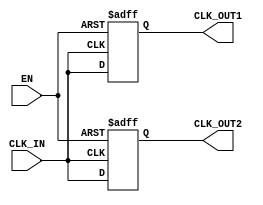
module ClockBuffer (
    input wire CLK_IN,        // Input clock signal
    input wire EN,           // Enable signal
    output reg CLK_OUT1,     // Buffered clock output 1
    output reg CLK_OUT2      // Buffered clock output 2
);

  // Parameters for timing control (user can set these as needed)
  parameter DELAY = 1; // Propagation delay in simulation units

  // Internal signal to hold the buffered clock value
  reg internal_clk;

  // Always block to handle the clock buffer logic
  always @(posedge CLK_IN or negedge EN) begin
    if (!EN) begin
      // Hold the output low when enable is low
      CLK_OUT1 <= 1'b0;
      CLK_OUT2 <= 1'b0;
    end else begin
      // Propagate the clock signal with minimal delay
      #DELAY internal_clk = CLK_IN; // Simulate propagation delay
      CLK_OUT1 <= internal_clk;
      CLK_OUT2 <= internal_clk;
    end
  end

endmodule